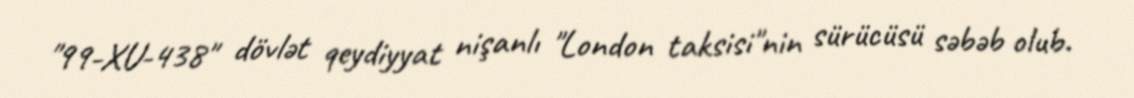
"99-XU-438" dövlət qeydiyyat nişanlı "London taksisi"nin sürücüsü səbəb olub.